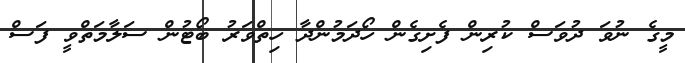
މީގެ ނުވަ ދުވަސް ކުރިން ފެށިގެން ހޯދަމުންދާ ހިތްވަރު ބޯޓުން ސަލާމަތްވީ ފަސް